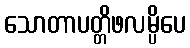
သောတာပတ္တိဖလမ္ပိပေ